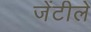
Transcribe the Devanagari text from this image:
जेंटीले